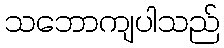
သဘောကျပါသည်